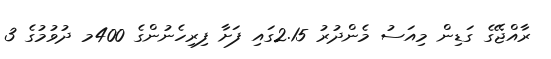
ރާއްޖޭގެ ގަޑިން މިއަސު މެންދުރު 2.15ގައި ފަށާ ފިރިހެނުންގެ 400މ ދުވުމުގެ 3